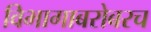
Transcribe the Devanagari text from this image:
विभागाबरोबरच